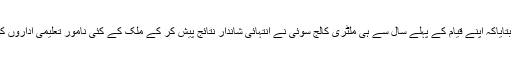
اُنہوں نے رپورٹ میں بتایاکہ اپنے قیام کے پہلے سال سے ہی ملٹری کالج سوئی نے انتہائی شاندار نتائج پیش کر کے ملک کے کئی نامور تعلیمی اداروں کو پیچھے چھوڑ دیاہے۔